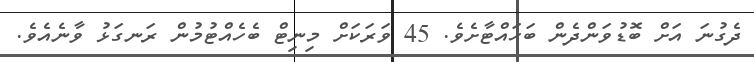
ދެގުނަ އަށް ބޮޑުވަންދެން ބަހައްޓާށެވެ. 45 ވަރަކަށް މިނިޓް ބެހެއްޓުމުން ރަނގަޅު ވާނެއެވެ.